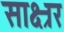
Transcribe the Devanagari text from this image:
साक्ष्रर